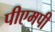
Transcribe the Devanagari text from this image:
पीएमपी